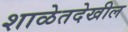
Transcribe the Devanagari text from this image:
शाळेतदेखील